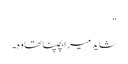
“
شاید میرابچپنا تھاوہ۔